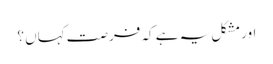
اور مشکل یہ ہے کہ فرصت کہاں ؟